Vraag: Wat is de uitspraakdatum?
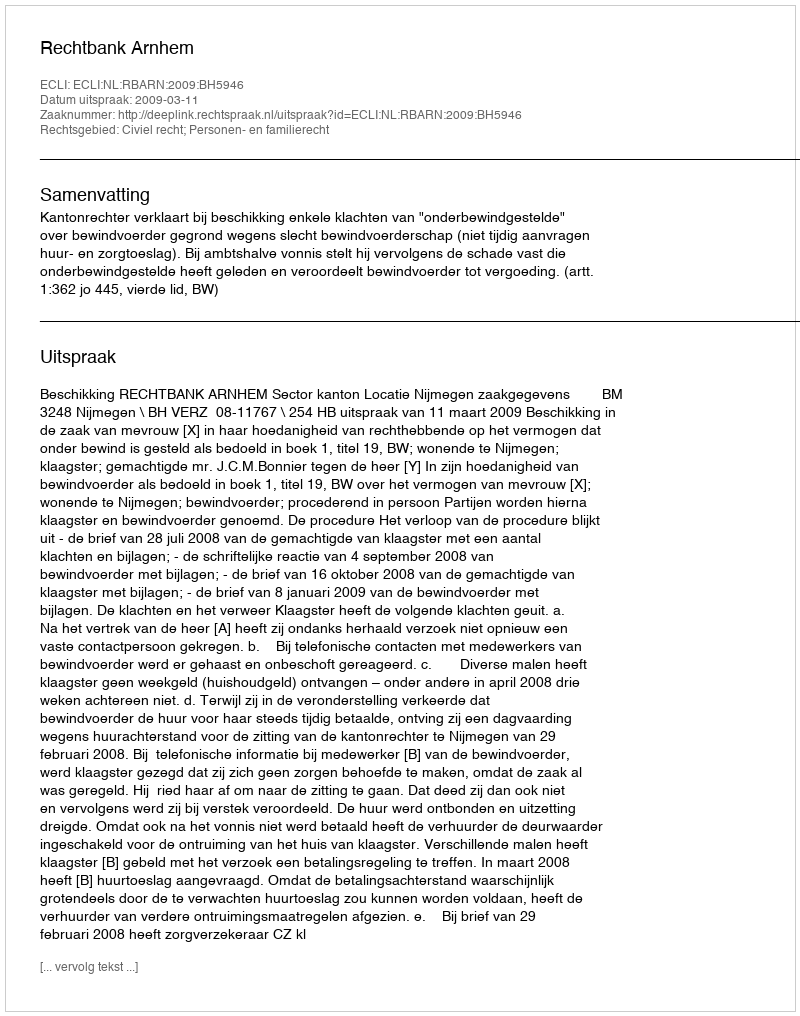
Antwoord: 2009-03-11